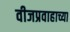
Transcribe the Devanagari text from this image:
वीजप्रवाहाच्या